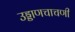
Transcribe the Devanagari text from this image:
उड्डाणचाचणी